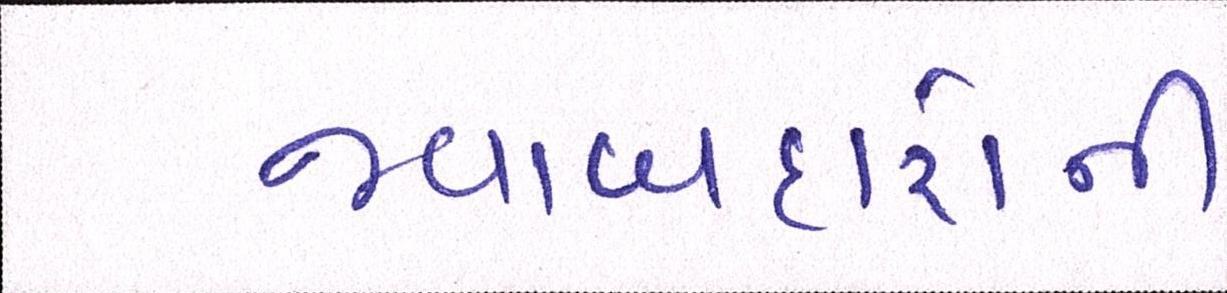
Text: જવાબદારોની